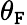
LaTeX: \theta_{\mathtt{F}}